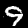
Label: 9